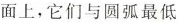
面上，它们与圆弧最低